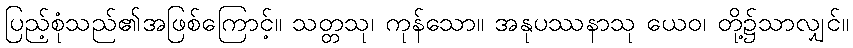
ပြည့်စုံသည်၏အဖြစ်ကြောင့်။ သတ္တသု၊ ကုန်သော။ အနုပဿနာသု ယေဝ၊ တို့၌သာလျှင်။